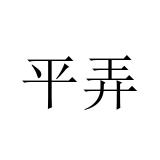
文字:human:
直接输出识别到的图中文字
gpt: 平弄